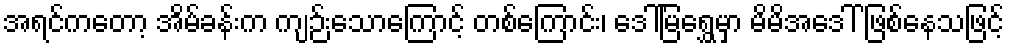
အရင်ကတော့ အိမ်ခန်းက ကျဉ်းသောကြောင့် တစ်ကြောင်း၊ ဒေါ်မြရွှေမှာ မိမိအဒေါ် ဖြစ်နေသဖြင့်